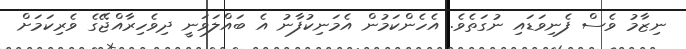
ނިޒާމު ވެސް ފެނިވަޑައި ނުގަތެވެ. އެހެންކަމުން އެމަނިކުފާނު އެ ބައްލަވަނީ ދިވެހިރާއްޖޭގެ ވެރިކަމަށް